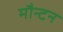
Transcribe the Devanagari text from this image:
मौन्टन